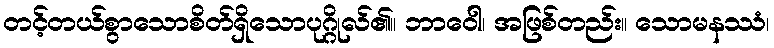
တင့်တယ်စွာသောစိတ်ရှိသောပုဂ္ဂိုလ်၏။ ဘာဝေါ၊ အဖြစ်တည်း။ သောမနဿံ၊